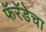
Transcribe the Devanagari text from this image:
फॅरॅडेचा